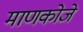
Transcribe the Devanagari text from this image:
माणकोजे